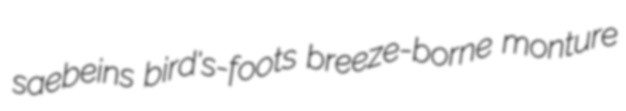
saebeins bird's-foots breeze-borne monture